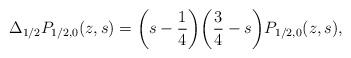
LaTeX: \begin{align*}\Delta_{1/2} P_{1/2,0}(z,s) = \biggl(s-\frac{1}{4}\biggr)\biggl(\frac{3}{4}-s\biggr)P_{1/2,0}(z,s),\end{align*}